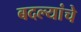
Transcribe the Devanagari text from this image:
बदल्यांचे